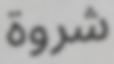
شروة